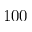
1 0 0